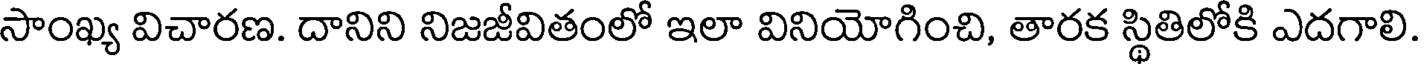
సాంఖ్య విచారణ. దానిని నిజజీవితంలో ఇలా వినియోగించి, తారక స్థితిలోకి ఎదగాలి.